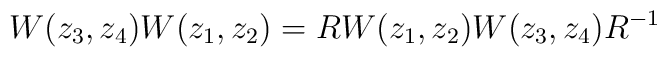
W(z_3,z_4)W(z_1,z_2)=RW(z_1,z_2)W(z_3,z_4)R^{-1}